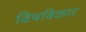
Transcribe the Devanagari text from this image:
विषविकार